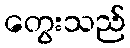
တွေးသည်